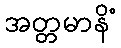
အတ္တမာနိံ